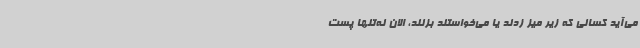
می‌آید کسانی که زیر میز زدند یا می‌خواستند بزنند، الان نه‌تنها پست